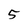
Character: 5